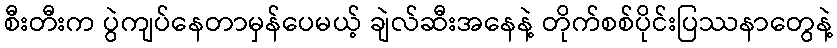
စီးတီးက ပွဲကျပ်နေတာမှန်ပေမယ့် ချဲလ်ဆီးအနေနဲ့ တိုက်စစ်ပိုင်းပြဿနာတွေနဲ့